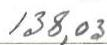
138,03